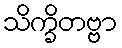
သိက္ခိတဗ္ဗာ